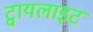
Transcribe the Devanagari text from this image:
ट्वायलाइट